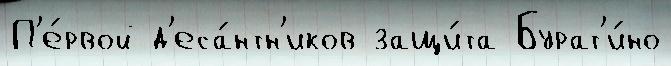
П'е́рвой д'еса́нтн'иков защи́та Бурат'и́но